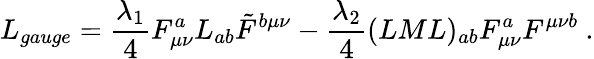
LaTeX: L_{gauge}={\frac{\lambda_{1}}{4}}F_{\mu\nu}^{a}L_{ab}\tilde{F}^{b\mu\nu}-{\frac{\lambda_{2}}{4}}(LML)_{ab}F_{\mu\nu}^{a}F^{\mu\nu b}{}~.